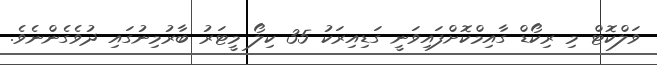
ވަލްކޮޓް މި ރިކޯޑް ގާއިމްކޮށްފައިވަނީ ގަޑިއިރަކު 35 ކިލޯ މީޓަރު ބާރުމިނުގައި ދުވެގެންނެވެ.